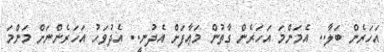
އަހަރެން ބަލާ.. އެމަންމަ އަހަރެން ގާތުން މަޢާފަށް އެދުނީ.. އެދުވަހު އަހަރެންނަށް މަންމަ